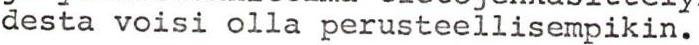
desta voisi olla perusteellisempikin.